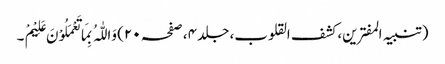
(تنبیہ المفترین، کشف القلوب، جلد ۴، صفحہ ۲۰) وَاللّٰہُ بِمَا تَعْمَلُوْنَ عَلِیْمْ ۔